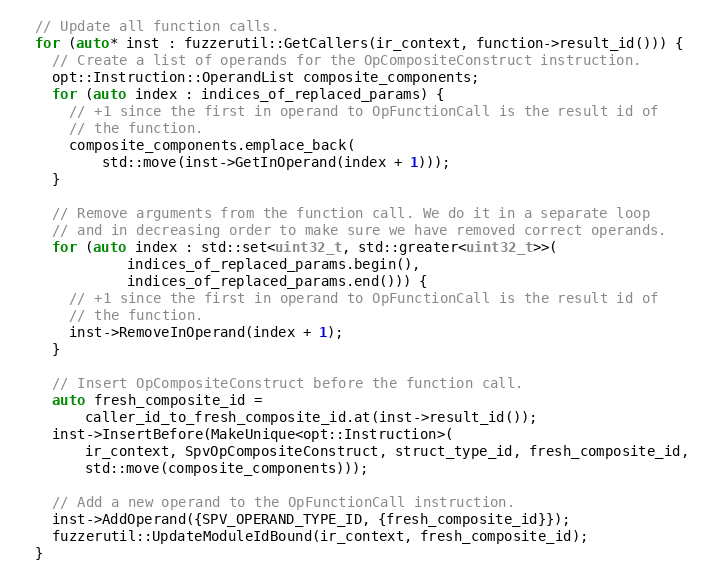
Language: C++
  // Update all function calls.
  for (auto* inst : fuzzerutil::GetCallers(ir_context, function->result_id())) {
    // Create a list of operands for the OpCompositeConstruct instruction.
    opt::Instruction::OperandList composite_components;
    for (auto index : indices_of_replaced_params) {
      // +1 since the first in operand to OpFunctionCall is the result id of
      // the function.
      composite_components.emplace_back(
          std::move(inst->GetInOperand(index + 1)));
    }

    // Remove arguments from the function call. We do it in a separate loop
    // and in decreasing order to make sure we have removed correct operands.
    for (auto index : std::set<uint32_t, std::greater<uint32_t>>(
             indices_of_replaced_params.begin(),
             indices_of_replaced_params.end())) {
      // +1 since the first in operand to OpFunctionCall is the result id of
      // the function.
      inst->RemoveInOperand(index + 1);
    }

    // Insert OpCompositeConstruct before the function call.
    auto fresh_composite_id =
        caller_id_to_fresh_composite_id.at(inst->result_id());
    inst->InsertBefore(MakeUnique<opt::Instruction>(
        ir_context, SpvOpCompositeConstruct, struct_type_id, fresh_composite_id,
        std::move(composite_components)));

    // Add a new operand to the OpFunctionCall instruction.
    inst->AddOperand({SPV_OPERAND_TYPE_ID, {fresh_composite_id}});
    fuzzerutil::UpdateModuleIdBound(ir_context, fresh_composite_id);
  }